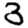
Digit: 3